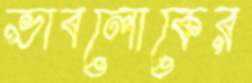
ভাবলোকের